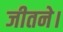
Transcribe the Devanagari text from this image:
जीतने।